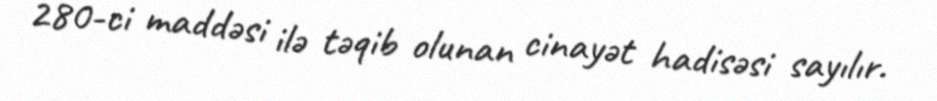
280-ci maddəsi ilə təqib olunan cinayət hadisəsi sayılır.